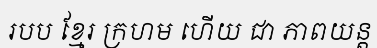
របប ខ្មែរ ក្រហម ហើយ ជា ភាពយន្ត